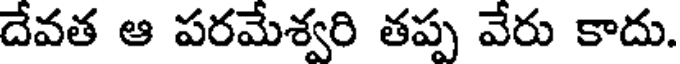
దేవత ఆ పరమేశ్వరి తప్ప వేరు కాదు.